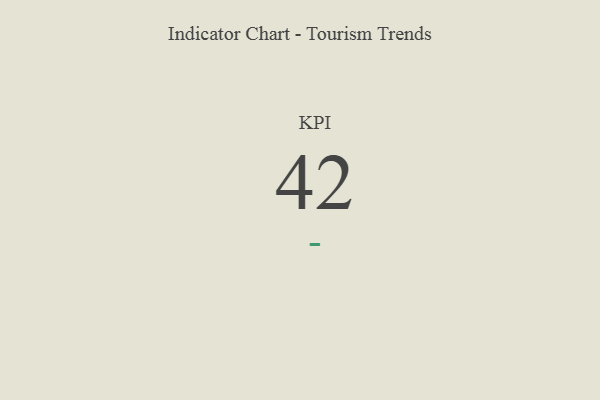
{"axis": {"x": "KPI", "y": "Value"}, "legend": [""], "data": [{"x": "KPI", "y": 42, "type": ""}]}